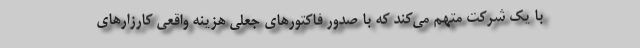
با یک شرکت متهم می‌کند که با صدور فاکتورهای جعلی هزینه واقعی کارزارهای